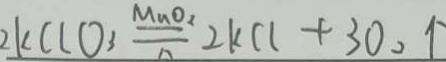
2 K C l O _ { 3 } \xlongequal { M n O _ { 2 } } 2 K C L + 3 O _ { 2 } \uparrow